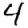
Digit: 4